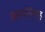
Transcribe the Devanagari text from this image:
वनस्पतिसमूह